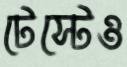
টেস্টেও